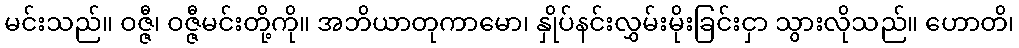
မင်းသည်။ ဝဇ္ဇီ၊ ဝဇ္ဇီမင်းတို့ကို။ အဘိယာတုကာမော၊ နှိုပ်နင်းလွှမ်းမိုးခြင်းငှာ သွားလိုသည်။ ဟောတိ၊